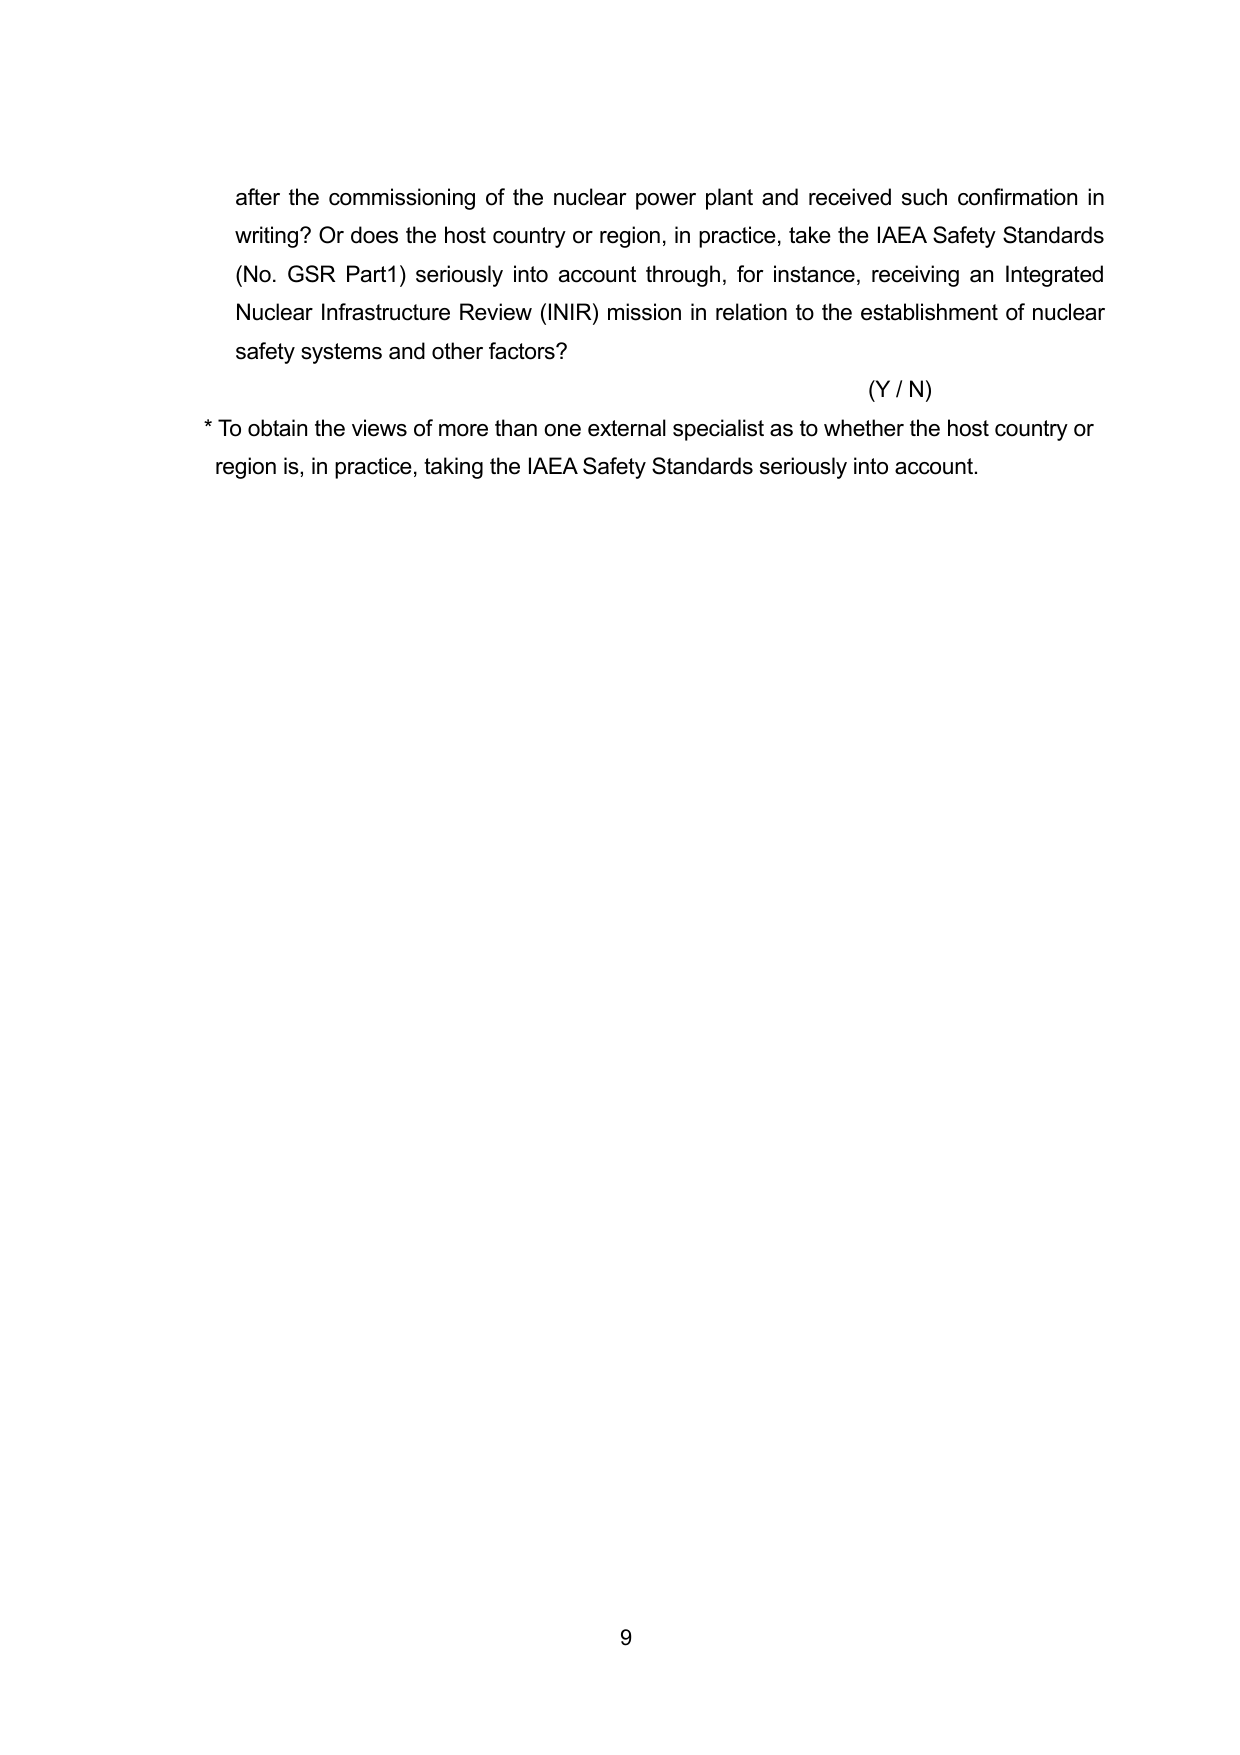
after the commissioning of the nuclear power plant and received such confirmation in writing? Or does the host country or region, in practice, take the IAEA Safety Standards (No. GSR Part1) seriously into account through, for instance, receiving an Integrated Nuclear Infrastructure Review (INIR) mission in relation to the establishment of nuclear safety systems and other factors?

(Y / N)

* To obtain the views of more than one external specialist as to whether the host country or region is, in practice, taking the IAEA Safety Standards seriously into account.

9